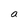
Character: a